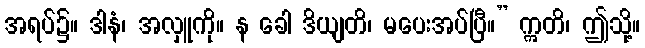
အရပ်၌။ ဒါနံ၊ အလှူကို။ န ခေါ ဒိယျတိ၊ မပေးအပ်ပြီ။” ဣတိ၊ ဤသို့။